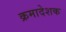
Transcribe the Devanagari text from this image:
क्रमादेशक